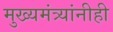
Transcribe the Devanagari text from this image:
मुख्यमंत्र्यांनीही